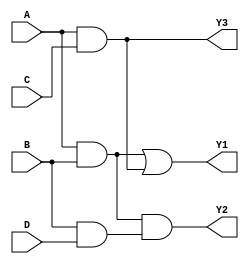
module combinational_logic (
    input wire A,
    input wire B,
    input wire C,
    input wire D,
    output wire Y1,
    output wire Y2,
    output wire Y3
);

// Intermediate signals for common logic
wire AB;
wire AC;
wire BD;

// Shared logic paths
assign AB = A & B;      // Common term for outputs Y1 and Y2
assign AC = A & C;      // Common term for output Y3
assign BD = B & D;      // Common term for output Y2

// Output Logic
assign Y1 = AB | AC;    // Output Y1 uses shared logic from AB and AC
assign Y2 = AB & BD;    // Output Y2 uses common terms AB and BD
assign Y3 = AC;         // Output Y3 directly uses AC

endmodule